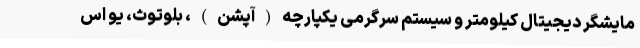
مایشگر دیجیتال کیلومتر و سیستم سرگرمی یکپارچه(آپشن)، بلوتوث، یو اس